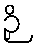
ဉှိ